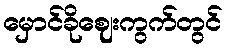
မှောင်ခိုဈေးကွက်တွင်